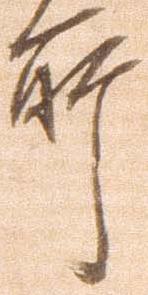
所